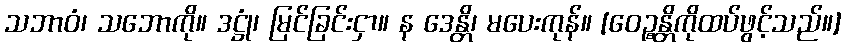
သဘာဝံ၊ သဘောကို။ ဒဋ္ဌုံ၊ မြင်ခြင်းငှာ။ န ဒေန္တိ၊ မပေးကုန်။ [ဝေဉ္စန္တိကိုထပ်ဖွင့်သည်။]